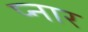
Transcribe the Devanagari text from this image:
प्नार